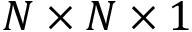
N \times N \times 1